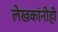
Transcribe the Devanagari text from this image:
लेखकांनीही